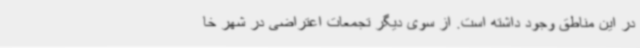
در این مناطق وجود داشته است. از سوی دیگر تجمعات اعتراضی در شهر خا